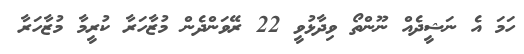
ހަމަ އެ ނަޝީދެއް ނޫންތޯ ވިދާޅުވީ 22 ރޭވަންދެން މުޒާހަރާ ކުރީމާ މުޒާހަރާ